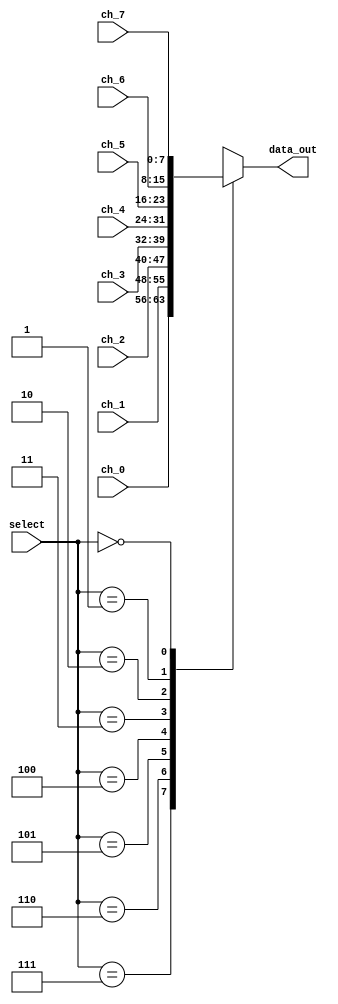
`timescale 1ns / 1ps
//////////////////////////////////////////////////////////////////////////////////
// Company: 
// Engineer: 
// 
// Design Name: 
// Module Name: Mux_8x1
// Project Name: 
// Target Devices: 
// Tool Versions: 
// Description: 
// 
// Dependencies: 
// 
// Revision:
// Revision 0.01 - File Created
// Additional Comments:
// 
//////////////////////////////////////////////////////////////////////////////////


module Mux_8x1
(
//Input Signals
input wire [2:0] select,
input wire [7:0] ch_0,
input wire [7:0] ch_1,
input wire [7:0] ch_2,
input wire [7:0] ch_3,
input wire [7:0] ch_4,
input wire [7:0] ch_5,
input wire [7:0] ch_6,
input wire [7:0] ch_7,

//Output Signals
output reg [7:0] data_out
);

always @*
    begin
        case(select)
            3'b111: data_out = ch_0;
            3'b110: data_out = ch_1;
            3'b101: data_out = ch_2;
            3'b100: data_out = ch_3;
            3'b011: data_out = ch_4;
            3'b010: data_out = ch_5;
            3'b001: data_out = ch_6;
            3'b000: data_out = ch_7;
            default : data_out = ch_0;
        endcase
    end
endmodule